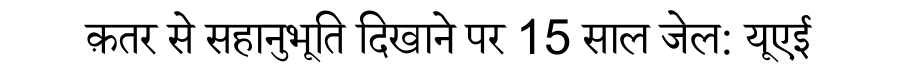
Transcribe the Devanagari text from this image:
क़तर से सहानुभूति दिखाने पर 15 साल जेल: यूएई